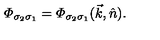
{ \mit \Phi } _ { \sigma _ { 2 } \sigma _ { 1 } } = { \mit \Phi } _ { \sigma _ { 2 } \sigma _ { 1 } } ( \vec { k } , \hat { n } ) .